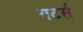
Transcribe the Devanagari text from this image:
गटर्स